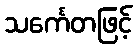
သင်္ကေတဖြင့်